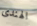
الهندى